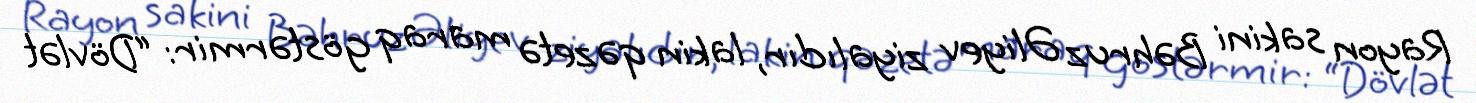
Rayon sakini Bəhruz Əliyev ziyalıdır, lakin qəzetə maraq göstərmir: “Dövlət